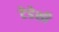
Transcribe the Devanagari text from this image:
टेडेशी